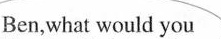
Ben,what would you